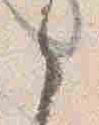
之